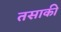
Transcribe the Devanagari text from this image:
तसाकी